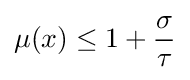
\mu (x)\leq 1+{\frac {\sigma }{\tau }}